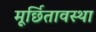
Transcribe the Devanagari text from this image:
मूर्छितावस्था